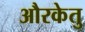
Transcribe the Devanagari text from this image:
औरकेतु